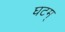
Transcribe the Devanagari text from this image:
घटम्